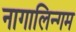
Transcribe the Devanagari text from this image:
नागालिन्गम